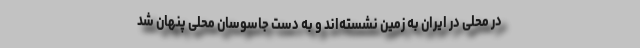
در محلی در ایران به زمین نشسته‌اند و به دست جاسوسان محلی پنهان شد